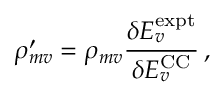
\rho _ { m v } ^ { \prime } = \rho _ { m v } \frac { \delta E _ { v } ^ { \mathrm { e x p t } } } { \delta E _ { v } ^ { \mathrm { C C } } } \, ,